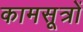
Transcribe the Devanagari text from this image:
कामसूत्रों